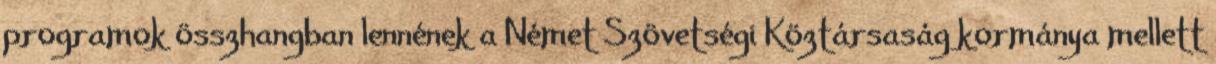
programok összhangban lennének a Német Szövetségi Köztársaság kormánya mellett